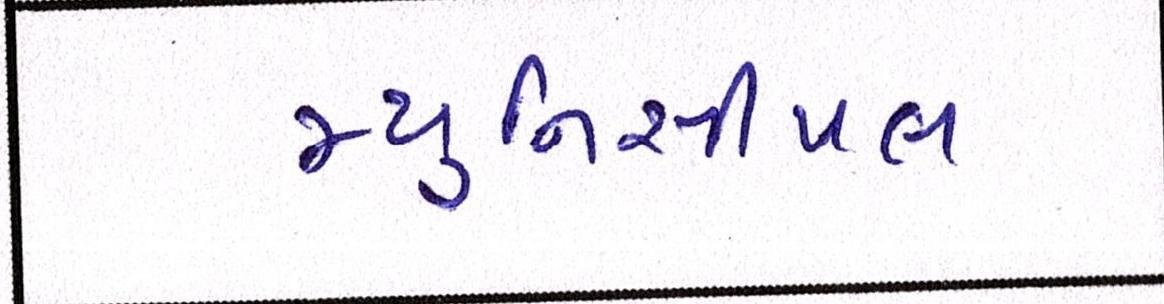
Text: મ્યુનિસીપલ